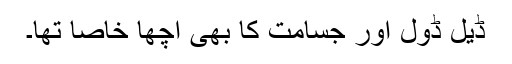
ڈیل ڈول اور جسامت کا بھی اچھا خاصا تھا۔